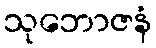
သုဘောဇနံ